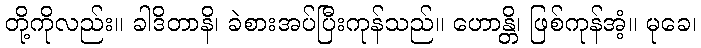
တို့ကိုလည်း။ ခါဒိတာနိ၊ ခဲစားအပ်ပြီးကုန်သည်။ ဟောန္တိ၊ ဖြစ်ကုန်အံ့။ မုခေ၊